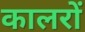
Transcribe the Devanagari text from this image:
कालरों